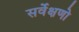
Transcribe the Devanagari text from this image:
सर्वेक्षणो